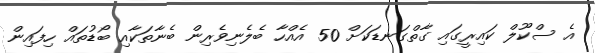
އެ ސްކޫލް ކައިރީގައި ގާތްގަނޑަކަށް 50 އެއްހާ ބެލެނިވެރިން ބެނާތަކާއި ބޯޑުތައް ހިފައިން